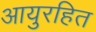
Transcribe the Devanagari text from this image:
आयुरहित